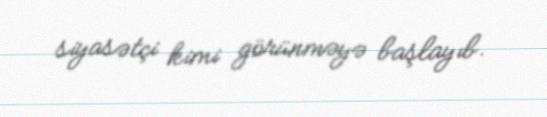
siyasətçi kimi görünməyə başlayıb.